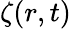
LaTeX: \zeta(r,t)